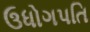
ઉધોગપતિ